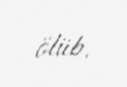
ölüb.